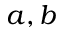
a , b